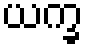
ယက္ခ